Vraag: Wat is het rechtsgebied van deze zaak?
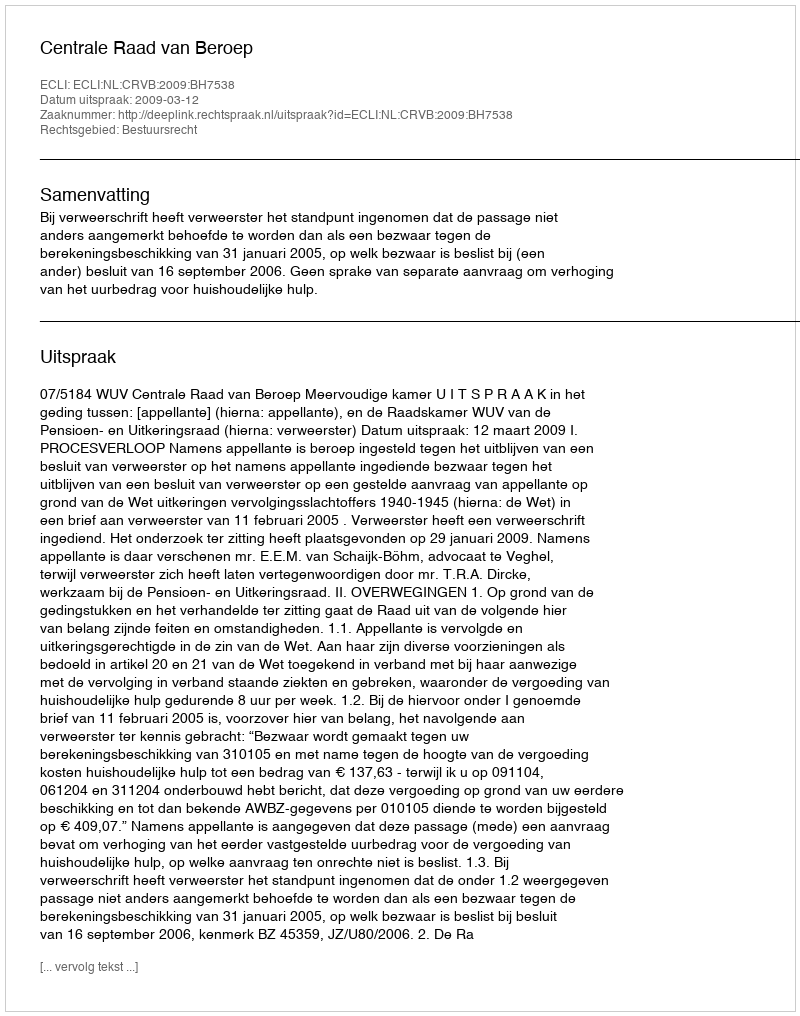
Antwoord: Bestuursrecht